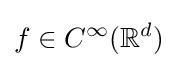
f\in C^{\infty }(\mathbb {R} ^{d})